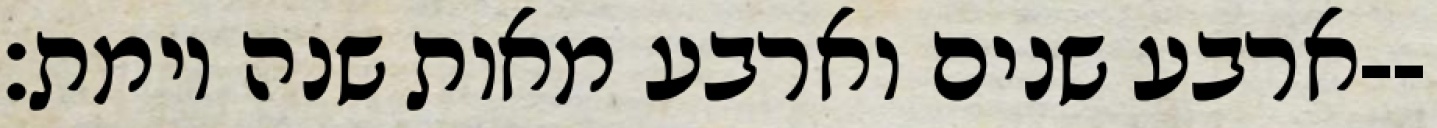
ארבע שנים וארבע מאות שנה וימת׃--